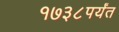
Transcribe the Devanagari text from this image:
१७३८पर्यंत